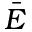
\bar { E }